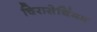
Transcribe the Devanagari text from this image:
चिरासेथिंमम